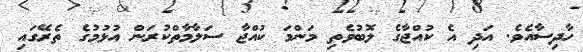
ހާދިސާއެވެ. އަދި އެ ކުއްޖާގެ ލޮބުވެތި މަންމަ ކުއްޖާ ސަލާމާތްކުރަން އުޅުމުގެ ތެރޭގައި